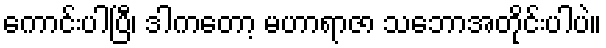
ကောင်းပါပြီ၊ ဒါကတော့ မဟာရာဇာ သဘောအတိုင်းပါပဲ။